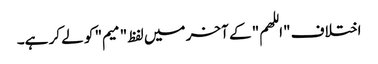
اختلاف "اللهم" کے آخر میں لفظ "میم" کو لے کر ہے۔